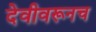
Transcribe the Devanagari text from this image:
देवीवरूनच